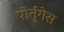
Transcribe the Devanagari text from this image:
पोर्तुगेस